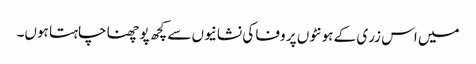
میں اس زری کے ہونٹوں پر وفا کی نشانیوں سے کچھ پوچھنا چاہتا ہوں۔